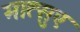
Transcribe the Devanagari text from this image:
मात्सुए